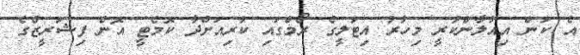
އެ ކަން އިއުލާންކުރީ މިހާރު އިޓަލީގެ ރޯމްގައި ކުރިއަށްދާ ކޮމެޓީ އޮން ފިޝަރީޒްގެ